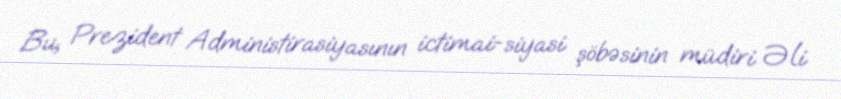
Bu, Prezident Administirasiyasının ictimai-siyasi şöbəsinin müdiri Əli